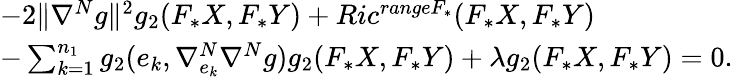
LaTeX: \begin{array}{ll}{-2\| \nabla^{N}g\| ^{2}g_{2}(F_{\ast}X,F_{\ast}Y)+Ric^{rangeF_{\ast}}(F_{\ast}X,F_{\ast}Y)}\\ {-\sum_{k=1}^{n_{1}}g_{2}(e_{k},\nabla_{e_{k}}^{N}\nabla^{N}g)g_{2}(F_{\ast}X,F_{\ast}Y)+\lambda g_{2}(F_{\ast}X,F_{\ast}Y)=0.}\end{array}